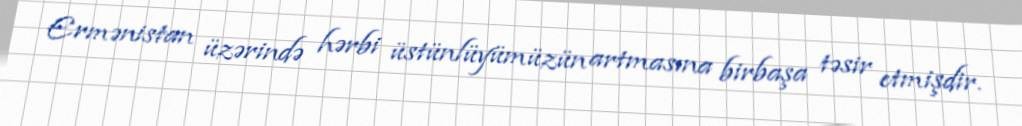
Ermənistan üzərində hərbi üstünlüyümüzün artmasına birbaşa təsir etmişdir.